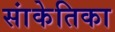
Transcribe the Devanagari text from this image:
सांकेतिका